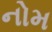
નોમ